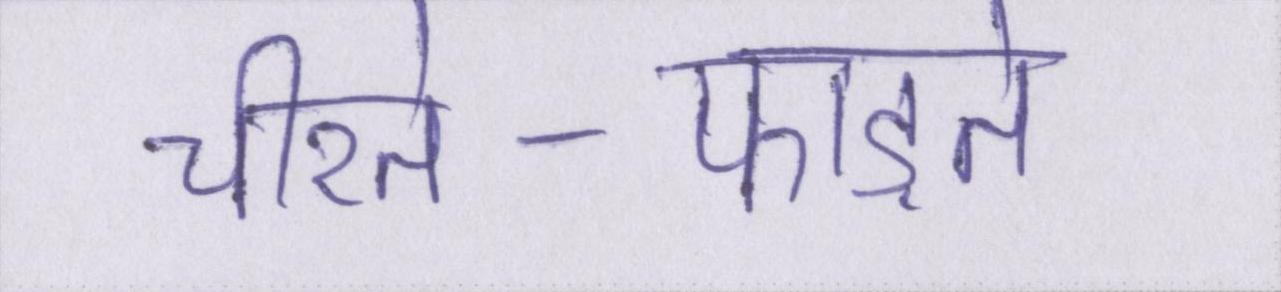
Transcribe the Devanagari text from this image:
चीरते-फाड़ते